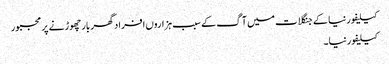
کیلیفورنیا کے جنگلات میں آگ کے سبب ہزاروں افراد گھر بار چھوڑنے پر مجبور
کیلیفورنیا ۔